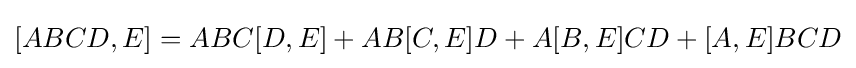
[ABCD,E]=ABC[D,E]+AB[C,E]D+A[B,E]CD+[A,E]BCD